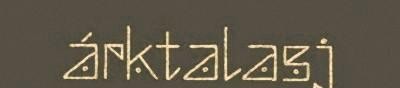
árktalasj